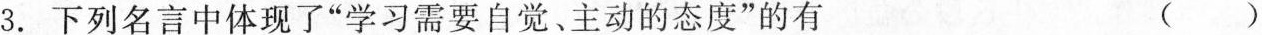
3. 下列名言中体现了“学习要自觉、主动的态度”的有（）